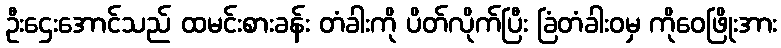
ဦးဌေးအောင်သည် ထမင်းစားခန်း တံခါးကို ပိတ်လိုက်ပြီး ခြံတံခါးဝမှ ကိုဝေဖြိုးအား